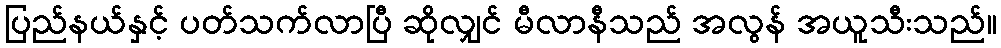
ပြည်နယ်နှင့် ပတ်သက်လာပြီ ဆိုလျှင် မီလာနီသည် အလွန် အယူသီးသည်။